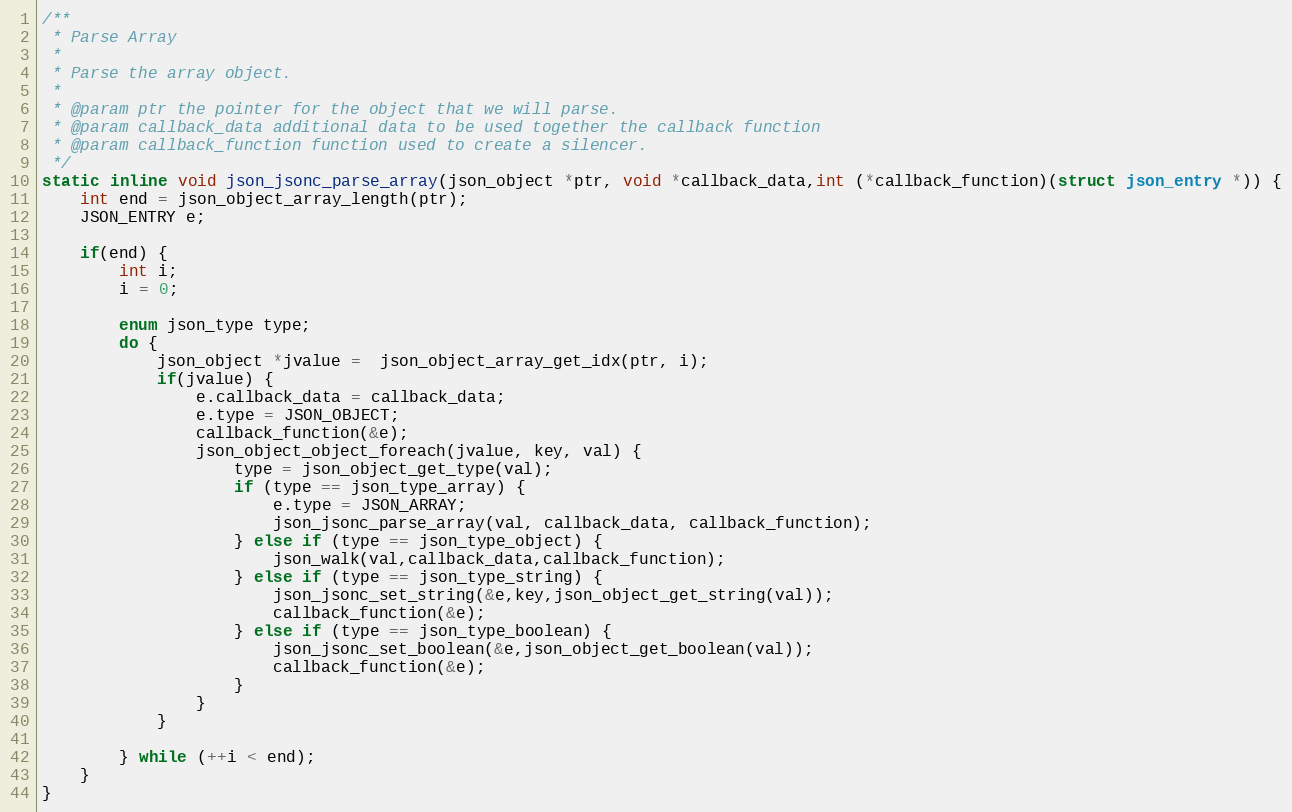
Language: C
/**
 * Parse Array
 *
 * Parse the array object.
 *
 * @param ptr the pointer for the object that we will parse.
 * @param callback_data additional data to be used together the callback function
 * @param callback_function function used to create a silencer.
 */
static inline void json_jsonc_parse_array(json_object *ptr, void *callback_data,int (*callback_function)(struct json_entry *)) {
    int end = json_object_array_length(ptr);
    JSON_ENTRY e;

    if(end) {
        int i;
        i = 0;

        enum json_type type;
        do {
            json_object *jvalue =  json_object_array_get_idx(ptr, i);
            if(jvalue) {
                e.callback_data = callback_data;
                e.type = JSON_OBJECT;
                callback_function(&e);
                json_object_object_foreach(jvalue, key, val) {
                    type = json_object_get_type(val);
                    if (type == json_type_array) {
                        e.type = JSON_ARRAY;
                        json_jsonc_parse_array(val, callback_data, callback_function);
                    } else if (type == json_type_object) {
                        json_walk(val,callback_data,callback_function);
                    } else if (type == json_type_string) {
                        json_jsonc_set_string(&e,key,json_object_get_string(val));
                        callback_function(&e);
                    } else if (type == json_type_boolean) {
                        json_jsonc_set_boolean(&e,json_object_get_boolean(val));
                        callback_function(&e);
                    }
                }
            }

        } while (++i < end);
    }
}